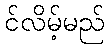
င်လိမ့်မည်